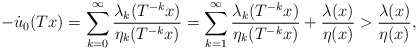
\begin{align*}-\dot u_0(Tx)=\sum_{k=0}\sp \infty\frac{\lambda_k(T\sp{-k}x)}{\eta_k(T\sp{-k}x)}=\sum_{k=1}\sp \infty\frac{\lambda_k(T\sp{-k}x)}{\eta_k(T\sp{-k}x)}+\frac{\lambda(x)}{\eta(x)}>\frac{\lambda(x)}{\eta(x)},\end{align*}